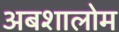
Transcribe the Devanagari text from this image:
अबशालोम